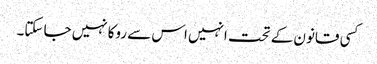
کسی قانون کے تحت انہیں اس سے روکانہیں جا سکتا۔